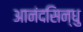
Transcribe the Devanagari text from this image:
आनंदसिन्धु